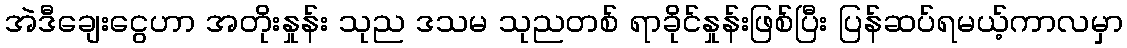
အဲဒီချေးငွေဟာ အတိုးနှုန်း သုည ဒသမ သုညတစ် ရာခိုင်နှုန်းဖြစ်ပြီး ပြန်ဆပ်ရမယ့်ကာလမှာ